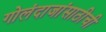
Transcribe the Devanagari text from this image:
गोलंदाजांसाठीची